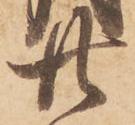
廿